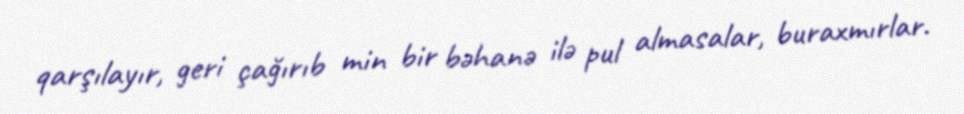
qarşılayır, geri çağırıb min bir bəhanə ilə pul almasalar, buraxmırlar.